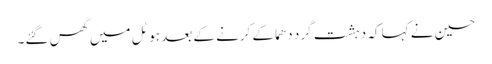
حسین نے کہا کہ دہشت گرد دھماکے کرنے کے بعد ہوٹل میں گھس گئے۔